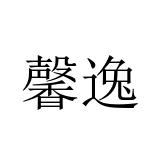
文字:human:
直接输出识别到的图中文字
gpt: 馨逸